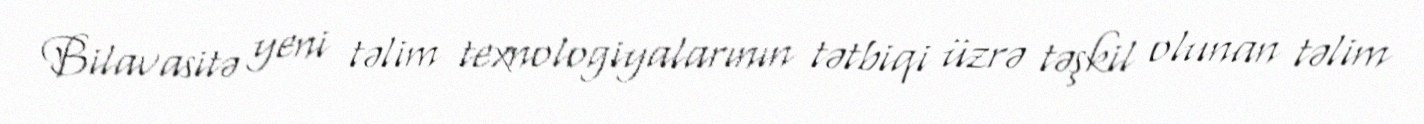
Bilavasitə yeni təlim texnologiyalarının tətbiqi üzrə təşkil olunan təlim